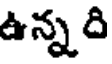
ఉన్న ది